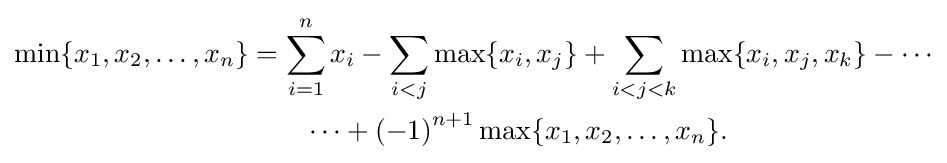
{\begin{aligned}\min\{x_{1},x_{2},\ldots ,x_{n}\}&=\sum _{i=1}^{n}x_{i}-\sum _{i<j}\max\{x_{i},x_{j}\}+\sum _{i<j<k}\max\{x_{i},x_{j},x_{k}\}-\cdots \\&\qquad \cdots +\left(-1\right)^{n+1}\max\{x_{1},x_{2},\ldots ,x_{n}\}.\end{aligned}}